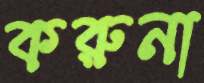
করুনা